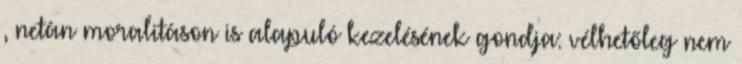
, netán moralitáson is alapuló kezelésének gondja: vélhetőleg nem